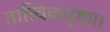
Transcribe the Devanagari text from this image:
तात्विकदृष्ट्या